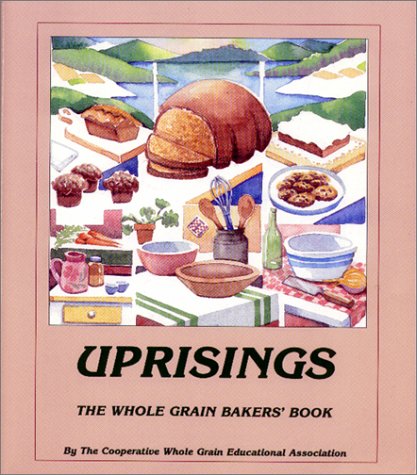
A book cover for Uprisings: The Whole Grain Bakers' Book; Cooperative Whole Grain Education Associ; Cookbooks, Food & Wine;